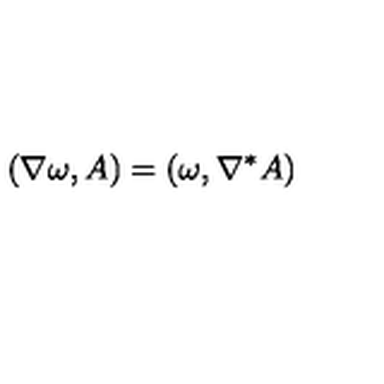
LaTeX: ( \nabla \omega , A ) = ( \omega , \nabla ^ { * } A )